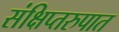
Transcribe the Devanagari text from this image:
संक्षिप्तरुपात